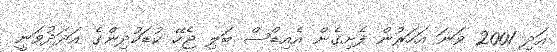
އަދި 2001 ވަނަ އަހަރުން ފެށިގެން އެއިޑްސް ބަލި ޖެހޭ ކުޑަކުދިންގެ އަދަދުވަނީ